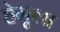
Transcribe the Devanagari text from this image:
हेमूला